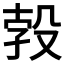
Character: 𱥗